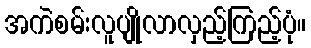
အကဲစမ်းလူပျိုလာလှည့်ကြည့်ပုံ။